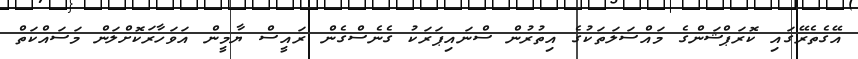
އޭގެތެރޭގައި ކޮރަޕްޝަންގެ މައްސަލަތަކުގެ އިތުރުން ސްނައިޕަރަކު ގެނެސްގެން ރައީސް ޔާމީން އަވަހާރަކޮށްލަން މަސައްކަތް